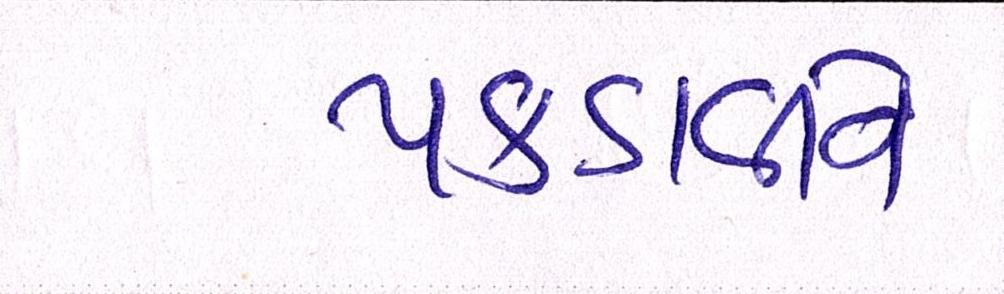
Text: પકડાવીને